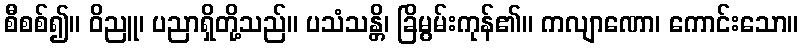
စီစစ်၍။ ဝိညူ၊ ပညာရှိတို့သည်။ ပသံသန္တိ၊ ခြိမွမ်းကုန်၏။ ကလျာဏော၊ ကောင်းသော။